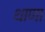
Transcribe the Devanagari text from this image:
थाणा